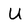
Character: U